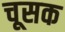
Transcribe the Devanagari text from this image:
चूसक